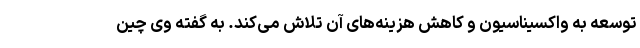
توسعه به واکسیناسیون و کاهش هزینه‌های آن تلاش می‌کند. به گفته وی چین